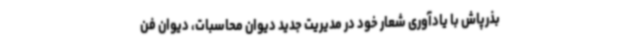
بذرپاش با یادآوری شعار خود در مدیریت جدید دیوان محاسبات، دیوان فن